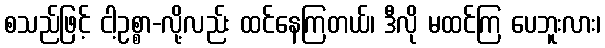
စသည်ဖြင့် ငါ့ဥစ္စာ-လို့လည်း ထင်နေကြတယ်၊ ဒီလို မထင်ကြ ပေဘူးလား၊